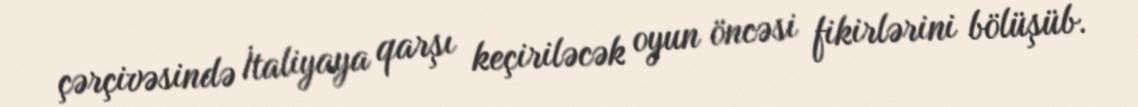
çərçivəsində İtaliyaya qarşı keçiriləcək oyun öncəsi fikirlərini bölüşüb.